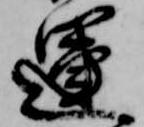
運